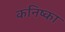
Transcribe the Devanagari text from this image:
कनिष्का